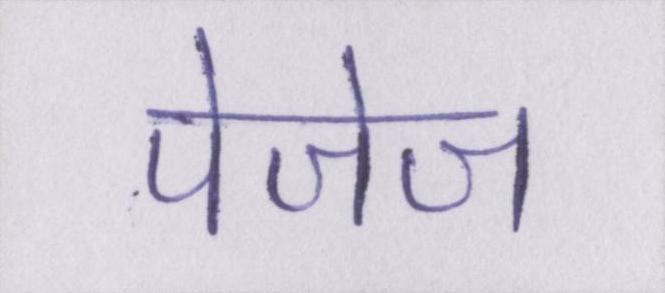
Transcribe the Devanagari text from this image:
पेजेज